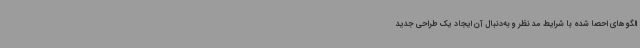
الگوهای احصا شده با شرایط مد نظر و به‌دنبال آن ایجاد یک طراحی جدید